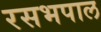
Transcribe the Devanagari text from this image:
रसभपाल